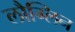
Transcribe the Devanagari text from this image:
लौग्लिन